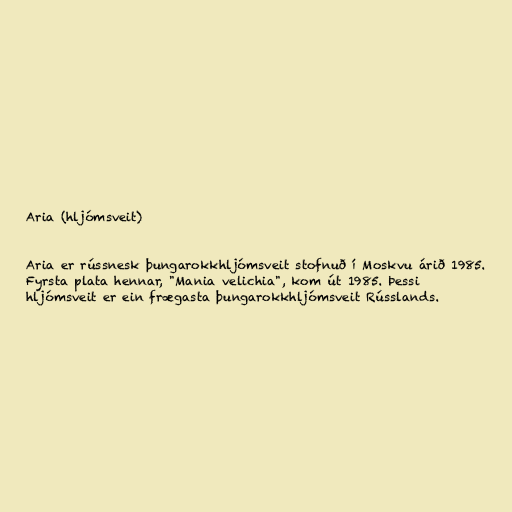
Aria (hljómsveit)

Aria er rússnesk þungarokkhljómsveit stofnuð í Moskvu árið 1985.
Fyrsta plata hennar, "Mania velichia", kom út 1985. Þessi
hljómsveit er ein frægasta þungarokkhljómsveit Rússlands.